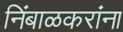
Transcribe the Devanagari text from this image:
निंबाळकरांना